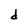
Character: d